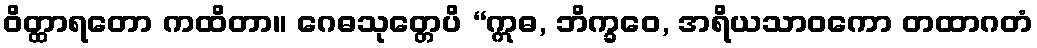
ဝိတ္ထာရတော ကထိတာ။ ဂေဓသုတ္တေပိ “ဣဓ, ဘိက္ခဝေ, အရိယသာဝကော တထာဂတံ